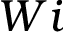
W i